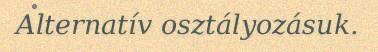
Alternatív osztályozásuk.